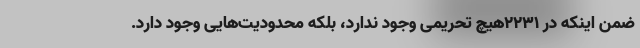
ضمن اینکه در ۲۲۳۱هیچ تحریمی وجود ندارد، بلکه محدودیت‌هایی وجود دارد.